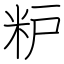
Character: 粐